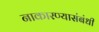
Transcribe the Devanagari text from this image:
नाकारण्यासंबंधी